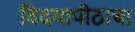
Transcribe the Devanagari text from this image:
विदयापीठाचा